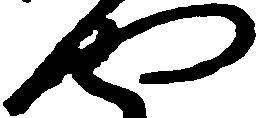
や